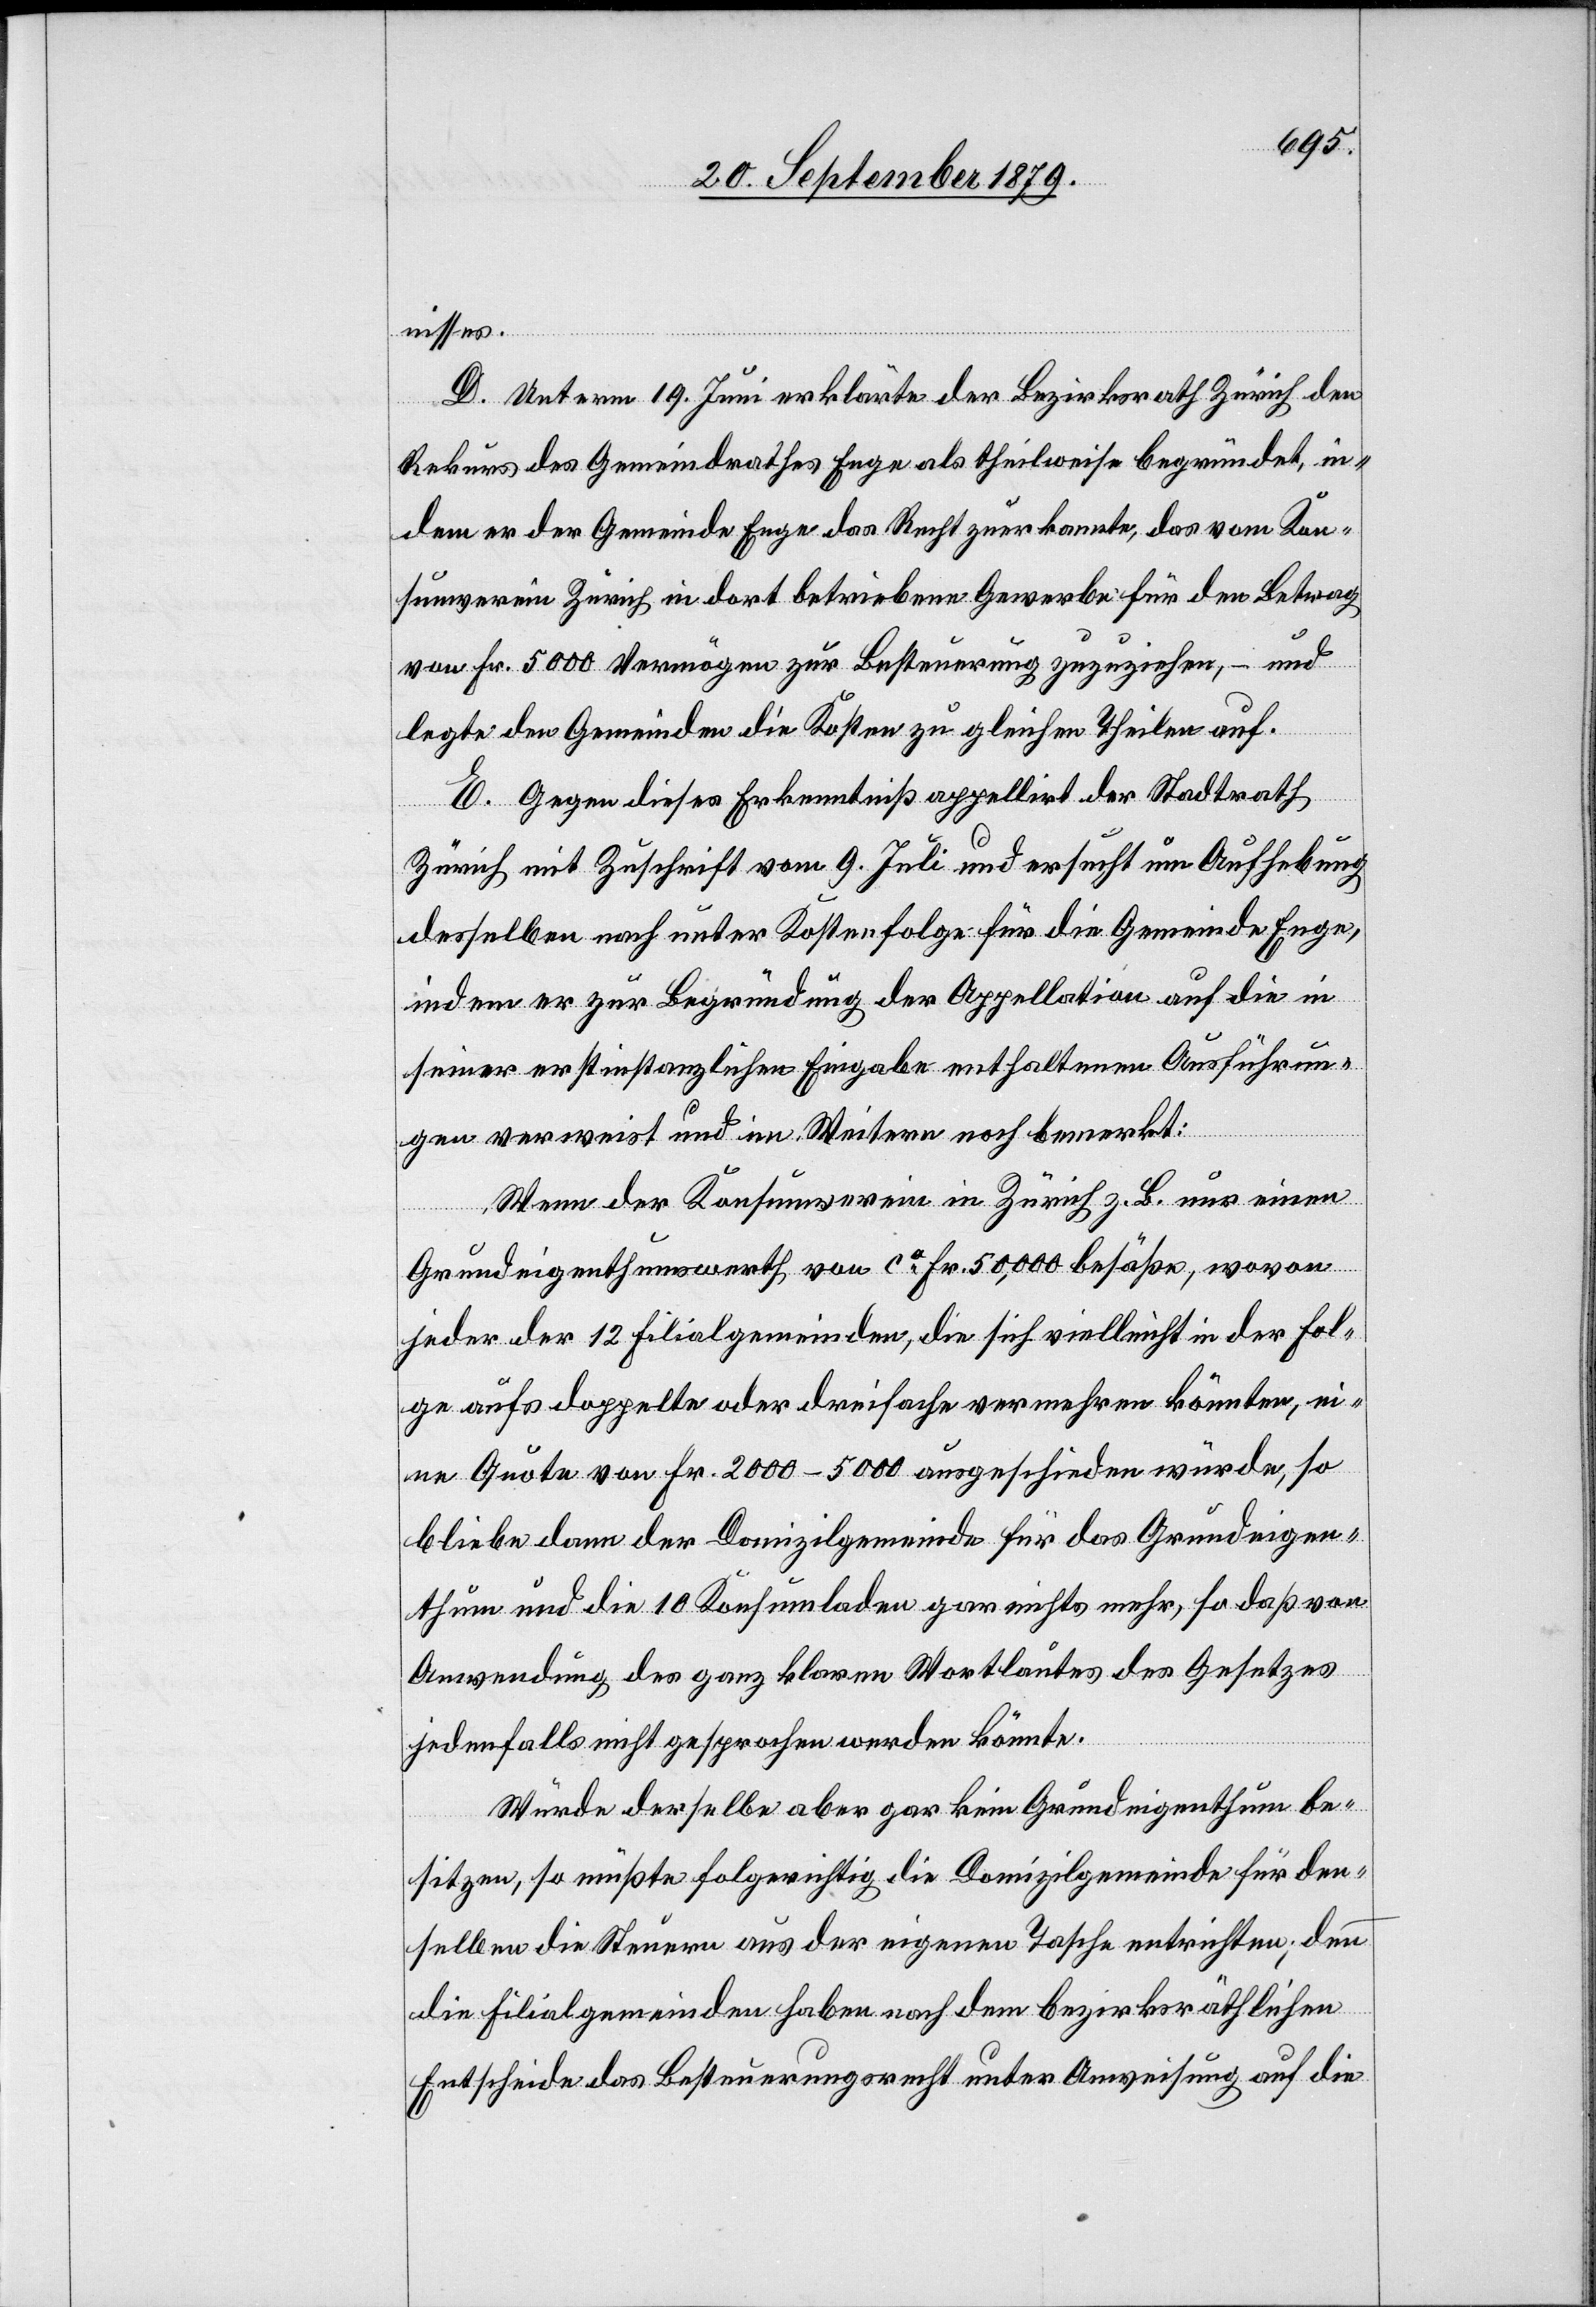
nisses.
D. Unterm 19. Juni erklärte der Bezirksrath Zürich den
Rekurs des Gemeindrathes Enge als theilweise begründet, in¬
dem er der Gemeinde Enge das Recht zuerkannte, das vom Kon¬
sumverein Zürich in dort betriebene Gewerbe für den Betrag
von Fr. 5000 Vermögen zur Besteuerung zuzuziehen, – und
legte den Gemeinden die Kosten zu gleichen Theilen auf.
E. Gegen dieses Erkenntniß appellirt der Stadtrath
Zürich mit Zuschrift vom 9. Juli und ersucht um Aufhebung
desselben nach unter Kostenfolge für die Gemeinde Enge,
indem er zur Begründung der Appellation auf die in
seiner erstinstanzlichen Eingabe enthaltenen Ausführun¬
gen verweist und im Weitern noch bemerkt:
Wenn der Konsumverein in Zürich z. B. nur einen
Grundeigenthumswerth von ca Fr. 50,000 besäße, wovon
jeder der 12 Filialgemeinden, die sich vielleicht in der Fol¬
ge aufs doppelte oder dreifache vermehren könnten, ei¬
ne Quote von Fr. 2000–5000 ausgeschieden würde, so
bleibe dann der Domizilgemeinde für das Grundeigen¬
thum und die 10 Konsumladen gar nichts mehr, so daß von
Anwendung des ganz klaren Wortlautes des Gesetzes
jedenfalls nicht gesprochen werden könnte.
Würde derselbe aber gar kein Grundeigenthum be¬
sitzen, so müßte folgerichtig die Domizilgemeinde für den¬
selben die Steuern aus der eigenen Tasche entreissen; denn
die Filialgemeinden haben nach dem bezirksräthlichen
Entscheide das Besteuerungsrecht unter Anweisung auf die